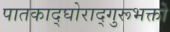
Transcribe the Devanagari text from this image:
पातकाद्घोराद्गुरूभक्तो